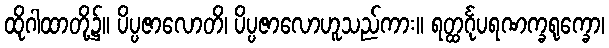
ထိုဂါထာတို့၌။ ပိပ္ပဇာလောတိ၊ ပိပ္ပဇာလောဟူသည်ကား။ ရတ္ထင်္ဂုပရဏက္ခရုက္ခော၊